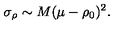
\sigma _ { \rho } \sim M ( \mu - \rho _ { 0 } ) ^ { 2 } .